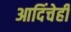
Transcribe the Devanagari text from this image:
आदिंचेही